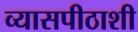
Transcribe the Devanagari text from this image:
व्यासपीठाशी